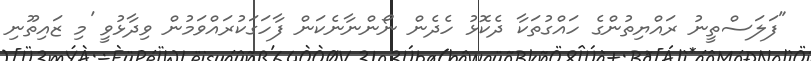
"ފަލަސްތީނު ރައްޔިތުންގެ ހައްގުތަކާ ދެކޮޅު ހެދެން ނޯންނާނެކަން ފާހަގަކުރައްވަމުން ވިދާޅުވީ 'މި ޒައިތޫނި